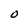
Character: O